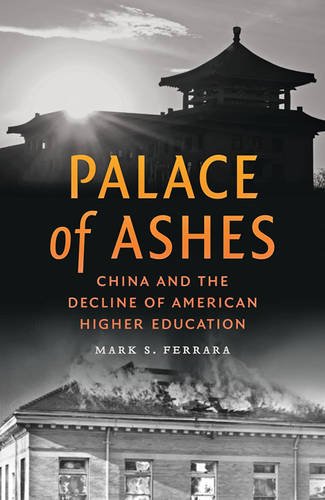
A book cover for Palace of Ashes: China and the Decline of American Higher Education; Mark S. Ferrara; Law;